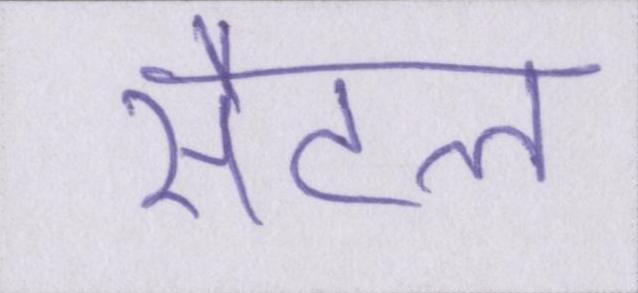
सैटल